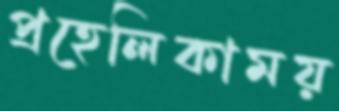
প্রহেলিকাময়